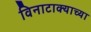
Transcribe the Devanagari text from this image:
विनाटाक्‍याच्या